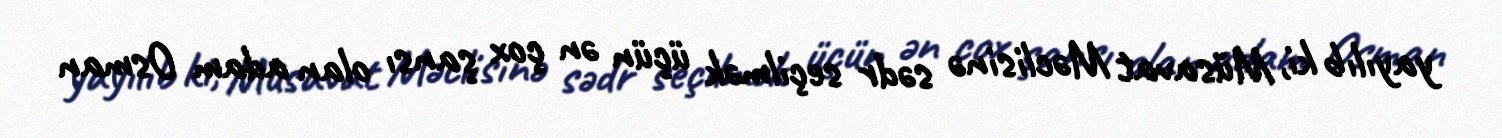
yayılıb ki, Müsavat Məclisinə sədr seçilmək üçün ən çox şansı olan adam Osman